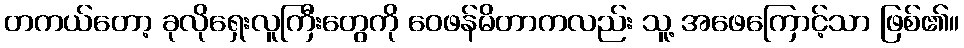
တကယ်တော့ ခုလိုရှေးလူကြီးတွေကို ဝေဖန်မိတာကလည်း သူ့ အဖေကြောင့်သာ ဖြစ်၏။